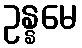
ဥန္နမေ